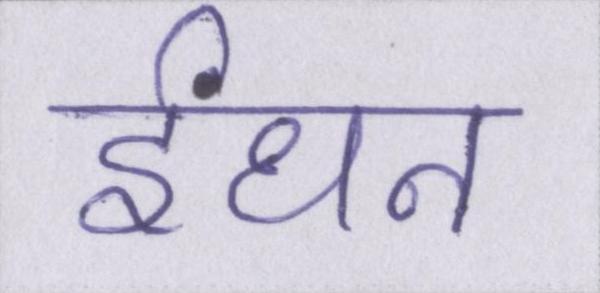
ईंधन